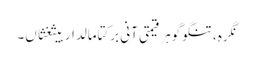
نگرہ، تنگو گوہر قیمتی آنی برکتامالدار بیثغثاں۔